65_HS1-834228961_62-HQ-83894_Section_8
Agency: FBI
Page 31
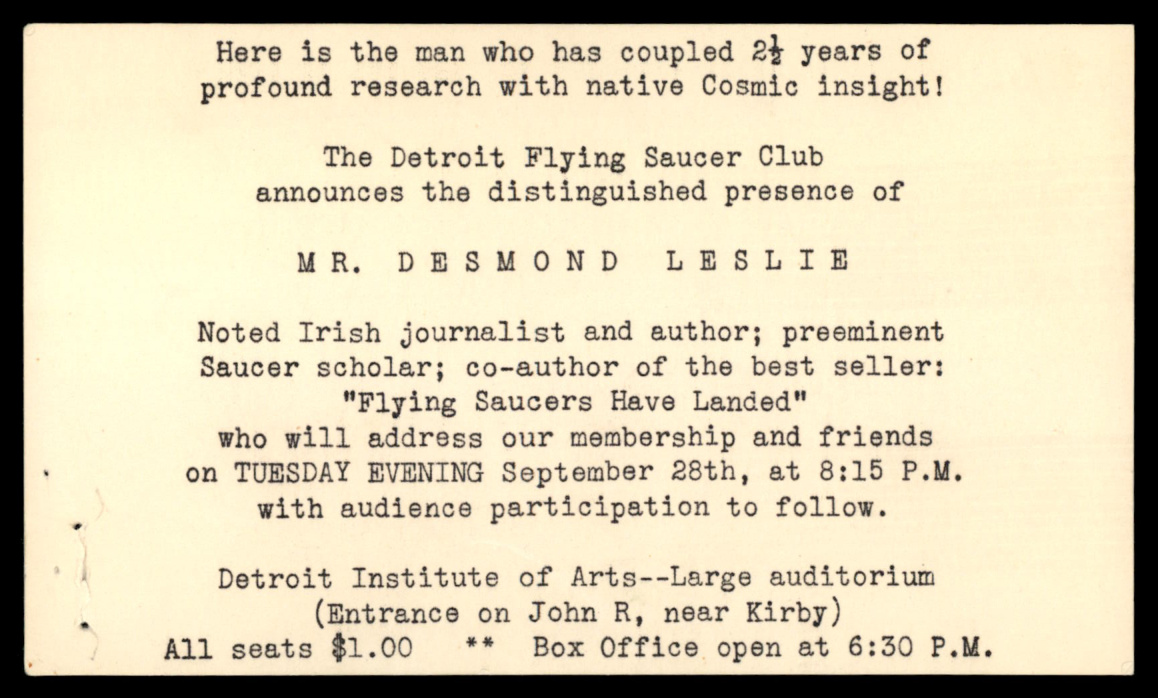